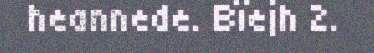
heannede. Bïejh 2.